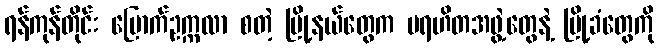
ရန်ကုန်တိုင်း မြောက်ဥက္ကလာ စတဲ့ မြို့နယ်တွေက ပရဟိတအဖွဲ့တွေနဲ့ မြို့ခံတွေကို